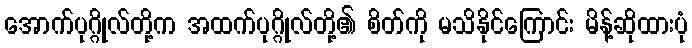
အောက်ပုဂ္ဂိုလ်တို့က အထက်ပုဂ္ဂိုလ်တို့၏ စိတ်ကို မသိနိုင်ကြောင်း မိန့်ဆိုထားပုံ